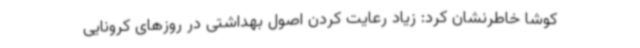
کوشا خاطرنشان کرد: زیاد رعایت کردن اصول بهداشتی در روزهای کرونایی